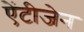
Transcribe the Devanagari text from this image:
ऐंटीजेन